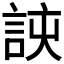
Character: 𮘈